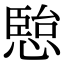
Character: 𭞏